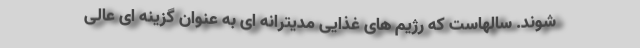
شوند. سالهاست که رژیم های غذایی مدیترانه ای به عنوان گزینه ای عالی